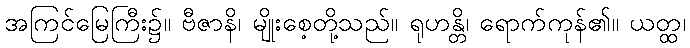
အကြင်မြေကြီး၌။ ဗီဇာနိ၊ မျိုးစေ့တို့သည်။ ရုဟန္တိ၊ ရောက်ကုန်၏။ ယတ္ထ၊